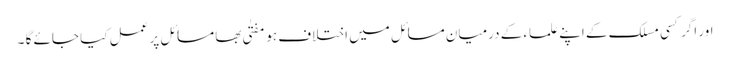
اور اگر کسی مسلک کے اپنے علماء کے درمیان مسائل میں اختلاف ہو مفتٰی بھا مسائل پر عمل کیا جائے گا ۔